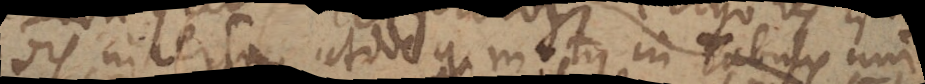
omnis incerta. Adde quod motus in Tabulis uni